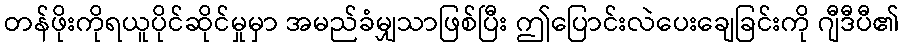
တန်ဖိုးကိုရယူပိုင်ဆိုင်မှုမှာ အမည်ခံမျှသာဖြစ်ပြီး ဤပြောင်းလဲပေးချေခြင်းကို ဂျီဒီပီ၏